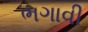
ભગાવી